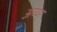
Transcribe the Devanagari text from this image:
अय्यर्